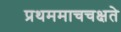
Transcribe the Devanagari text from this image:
प्रथममाचचक्षते